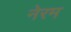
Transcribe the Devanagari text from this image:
नेरम